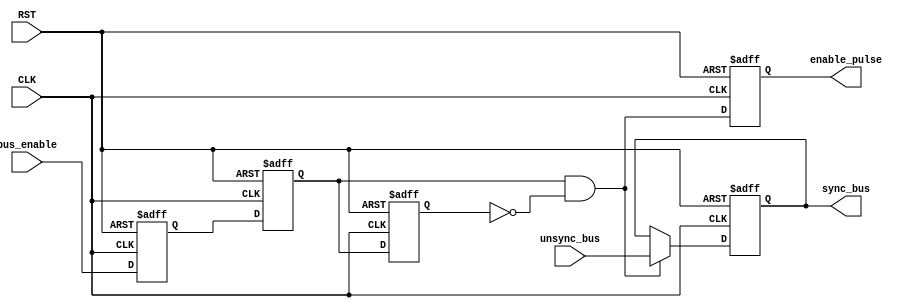
module DATA_SYNC_SYS #(parameter DATA_WIDTH=8)
      (
         input   wire                     CLK,
         input   wire                     RST,
         input   wire                     bus_enable,
         input   wire  [DATA_WIDTH-1:0]   unsync_bus,

         output  reg   [DATA_WIDTH-1:0]   sync_bus,
         output  reg                      enable_pulse
      );

//internal connections
reg                     meta_flop   ,
                        sync_flop   ,
                        enable_flop ;
					 
wire                    en_pulse ;

wire  [DATA_WIDTH-1:0]   sync_bus_c ;
					 
//----------------- double flop synchronizer --------------

always @(posedge CLK or negedge RST)
 begin
  if(!RST)      // active low
   begin
    meta_flop <= 1'b0 ;
    sync_flop <= 1'b0 ;	
   end
  else
   begin
    meta_flop <= bus_enable;
    sync_flop <= meta_flop ;
   end  
 end
 

//----------------- pulse generator --------------------

always @(posedge CLK or negedge RST)
 begin
  if(!RST)      // active low
   begin
    enable_flop <= 1'b0 ;	
   end
  else
   begin
    enable_flop <= sync_flop ;
   end  
 end

 
assign en_pulse = sync_flop && !enable_flop ;


//----------------- multiplexing --------------------

assign sync_bus_c =  en_pulse ? unsync_bus : sync_bus ;  


//----------- destination domain flop ---------------

always @(posedge CLK or negedge RST)
 begin
  if(!RST)      // active low
   begin
    sync_bus <= 'b0 ;	
   end
  else
   begin
    sync_bus <= sync_bus_c ;
   end  
 end
 
//--------------- delay generated pulse ------------

always @(posedge CLK or negedge RST)
 begin
  if(!RST)      // active low
   begin
    enable_pulse <= 1'b0 ;	
   end
  else
   begin
    enable_pulse <= en_pulse ;
   end  
 end
 

endmodule